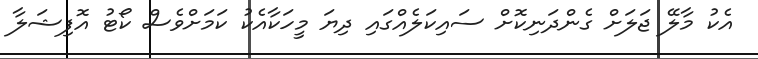
އެކު މާލޭ ޖަލަށް ގެންދަނިކޮށް ސައިކަލެއްގައި ދިޔަ މީހަކާއެކު ކަމަށްވެސް ކޯޓު އޮފިޝަލާ